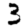
Digit: 3